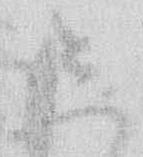
し